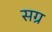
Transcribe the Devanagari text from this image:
सग्र